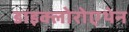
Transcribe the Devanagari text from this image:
डाइक्लोरोएथेन